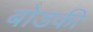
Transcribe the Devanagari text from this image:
बोडकी